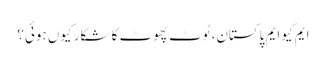
ایم کیو ایم پاکستان، ٹوٹ پھوٹ کا شکار کیوں ہوئی؟